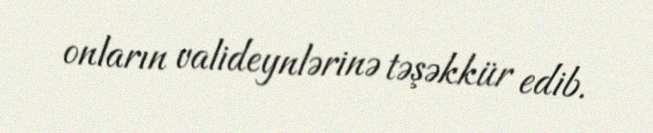
onların valideynlərinə təşəkkür edib.